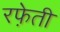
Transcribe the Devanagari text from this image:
रफे़ती